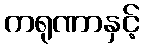
ကရုဏာနှင့်